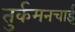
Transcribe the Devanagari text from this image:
तुर्कमनचाई